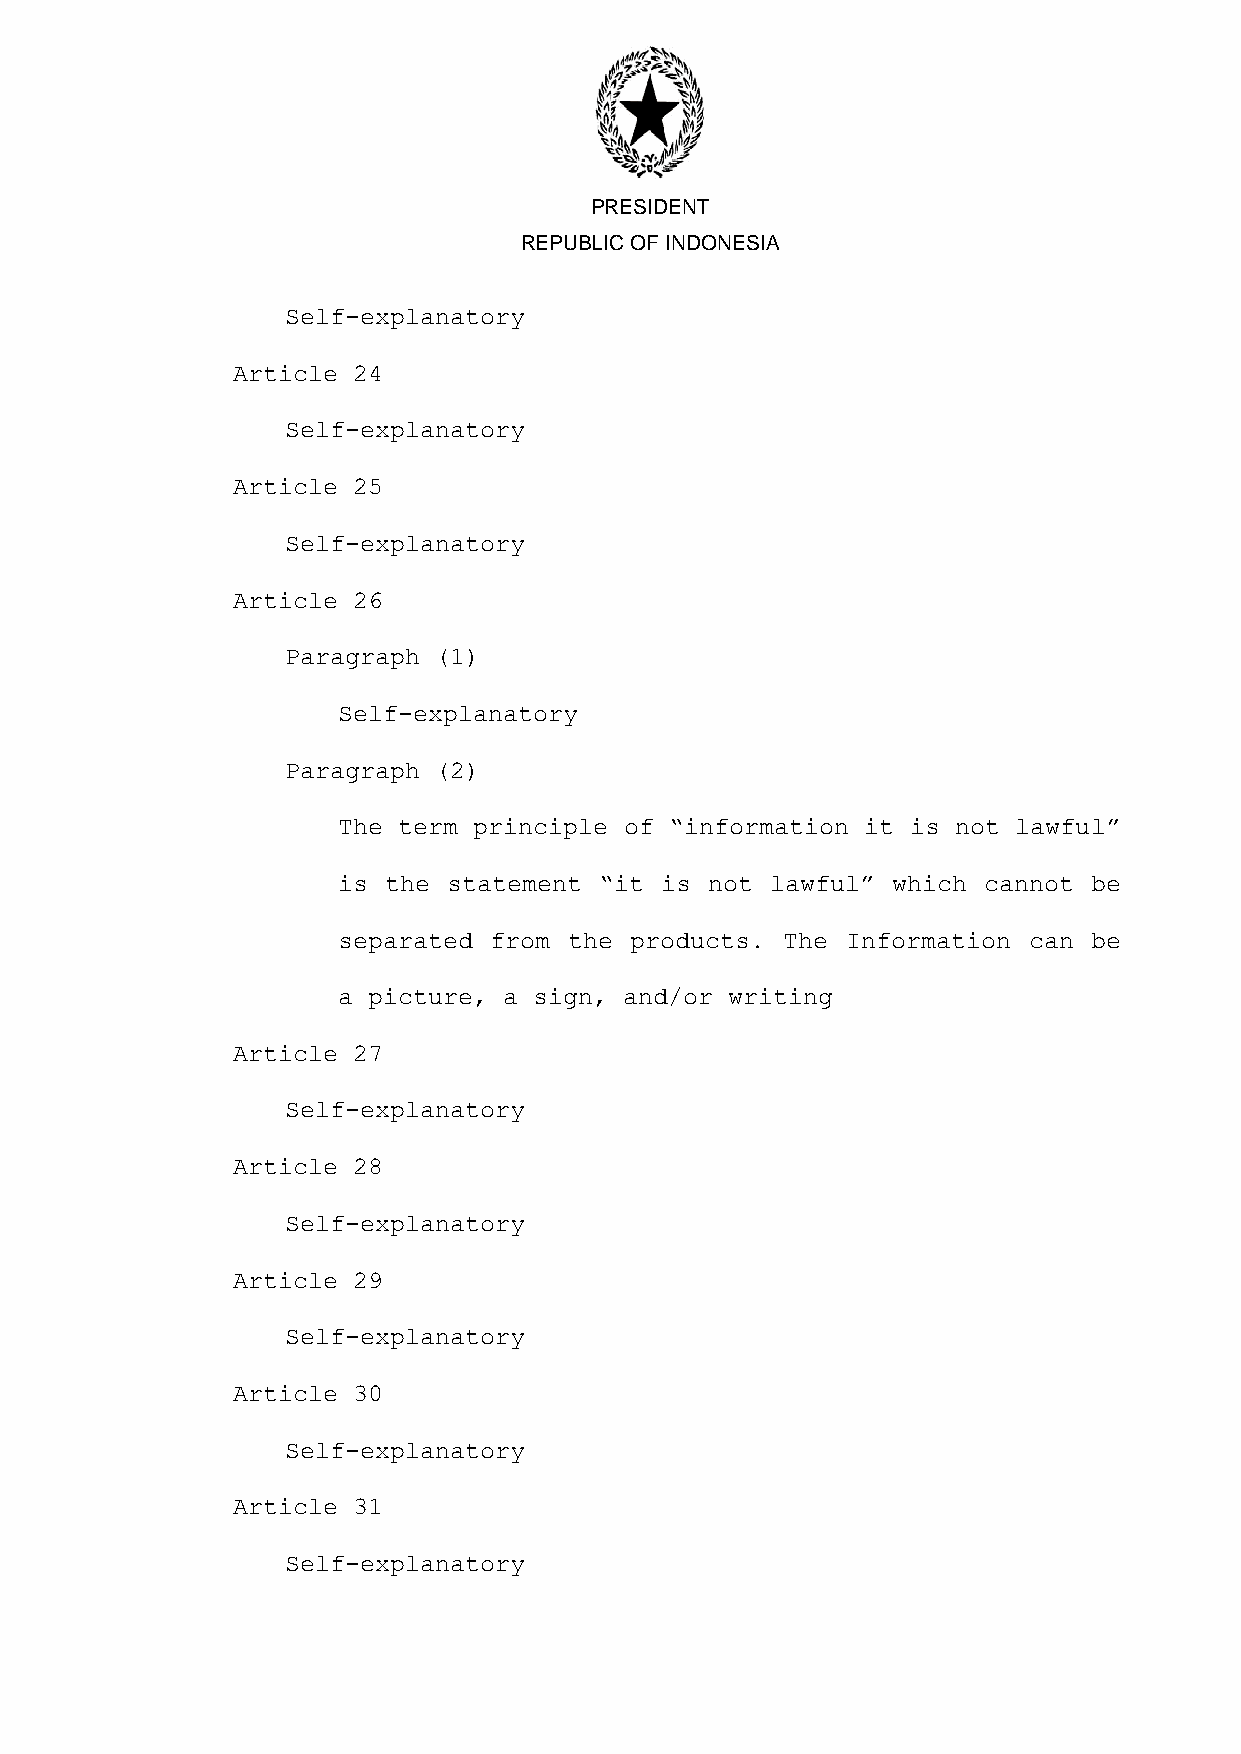
PRESIDENT
 REPUBLIC OF INDONESIA
 Self-explanatory
 Article 24
 Self-explanatory
 Article 25
 Self-explanatory
 Article 26
 Paragraph (1)
 Self-explanatory
 Paragraph (2)
 The term principle of “information it is not lawful”
 is the  statement “it is not lawful” which cannot be
 separated from  the products. The Information can be
 a picture, a sign, and/or writing
 Article 27
 Self-explanatory
 Article 28
 Self-explanatory
 Article 29
 Self-explanatory
 Article 30
 Self-explanatory
 Article 31
 Self-explanatory